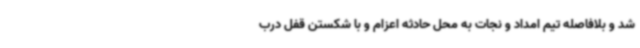
شد و بلافاصله تیم امداد و نجات به محل حادثه اعزام و با شکستن قفل درب